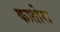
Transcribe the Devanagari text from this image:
कातोरा